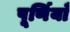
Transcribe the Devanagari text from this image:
पूर्णियाँ